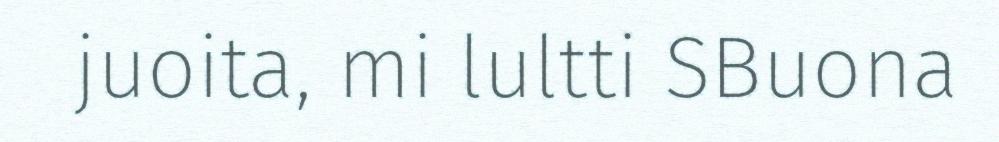
juoita, mi lultti SBuona